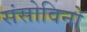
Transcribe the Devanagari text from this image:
संसोविनो